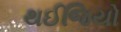
થઈજિયો